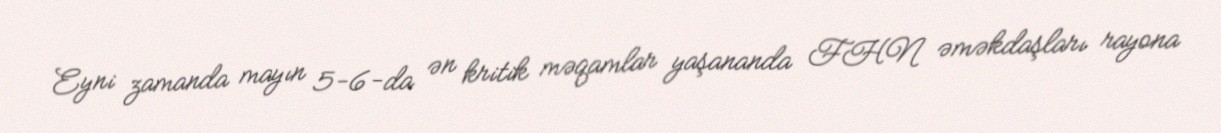
Eyni zamanda mayın 5-6-da ən kritik məqamlar yaşananda FHN əməkdaşları rayona